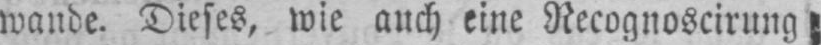
wande. Dieses, wie auch eine Recognoscirung